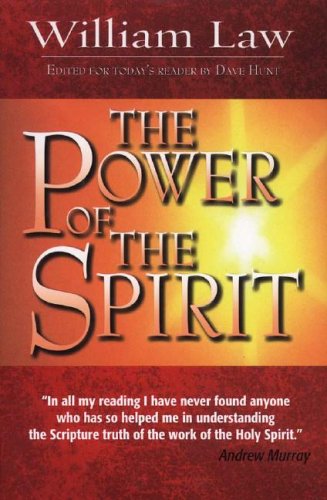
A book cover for The Power of the Spirit; William Law; Christian Books & Bibles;